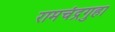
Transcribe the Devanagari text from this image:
रामचंद्रगुहा